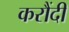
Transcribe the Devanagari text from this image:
करौंदी